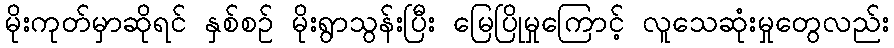
မိုးကုတ်မှာဆိုရင် နှစ်စဉ် မိုးရွာသွန်းပြီး မြေပြိုမှုကြောင့် လူသေဆုံးမှုတွေလည်း